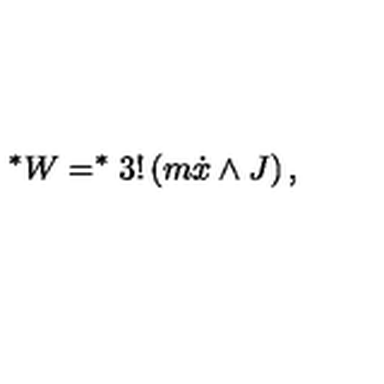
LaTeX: ^ { \ast } W = ^ { * } 3 ! \left( m \dot { x } \wedge J \right) ,